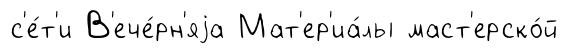
с'е́т'и В'ече́рн'яjа Мат'ер'иа́лы маст'ерско́й